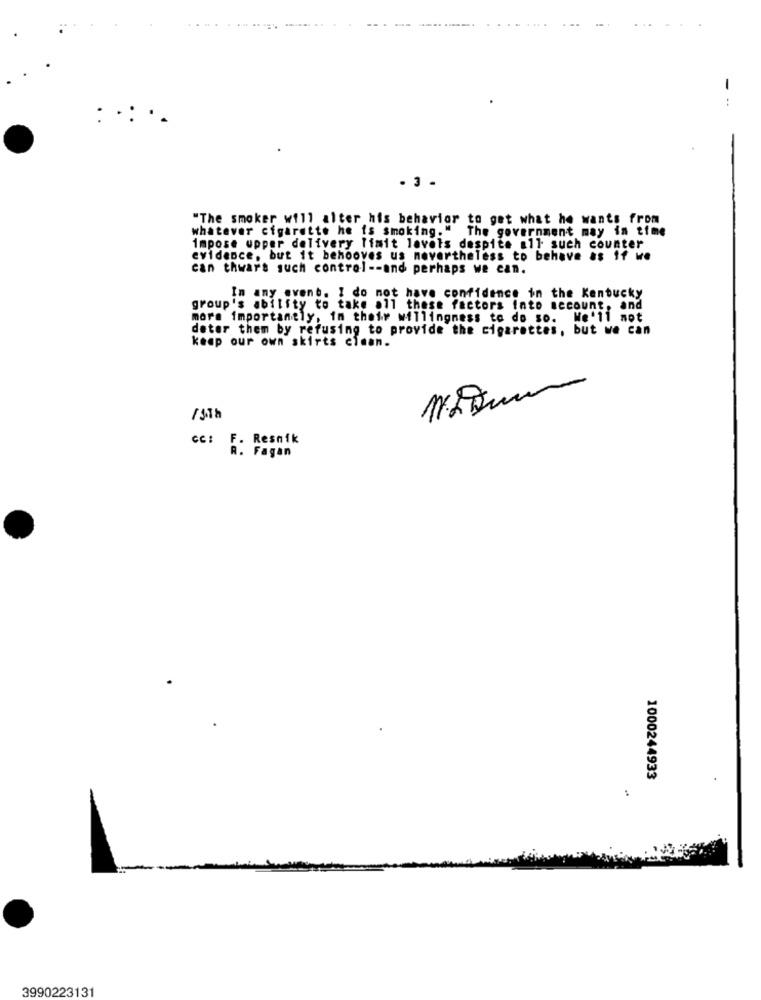
...
--
. 3 .
"The smoker will alter his behavior to get what he wants from
whatever cigarette he is smoking." The government may in time
impose upper delivery limit lavets despite all such counter
evidence, but it behooves us nevertheless to behave as if we
can thwars such control -- and perhaps we can.
In any event. I do not have confidence in the Kentucky
group's ability to take all these factors into account, and
more importantly, in their willingness to do so. We'll mot
deter them by refusing to provide the cigarettes, but we can
keep our own skirts ciaan.
/5Th
CC: F. Resnik
R. Fagan
1000244933
3990223131